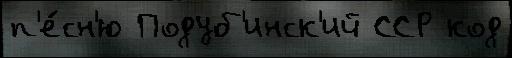
п'е́сн'ю Подуб'инск'ий ССР код